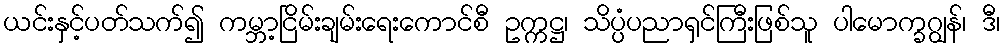
ယင်းနှင့်ပတ်သက်၍ ကမ္ဘာ့ငြိမ်းချမ်းရေးကောင်စီ ဥက္ကဋ္ဌ၊ သိပ္ပံပညာရှင်ကြီးဖြစ်သူ ပါမောက္ခဂျွန်၊ ဒီ၊